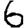
Digit: 6